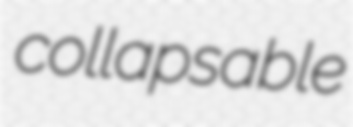
collapsable